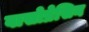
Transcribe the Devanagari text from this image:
वासोप्रेसिन